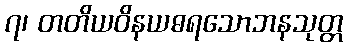
၇၊ တတိယဝိနယဓရသောဘနသုတ္တ